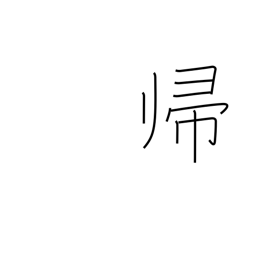
Meaning: homecoming